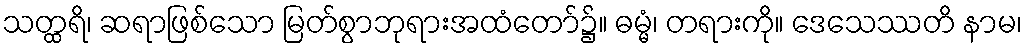
သတ္ထရိ၊ ဆရာဖြစ်သော မြတ်စွာဘုရားအထံတော်၌။ ဓမ္မံ၊ တရားကို။ ဒေသေဿတိ နာမ၊